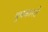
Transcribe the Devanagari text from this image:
पुचकारते